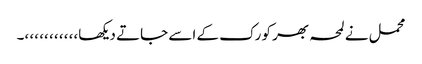
محمل نے لمحہ بھر کو رک کے اسے جاتے دیکھا،، ،، ،، ،، ،، ،۔